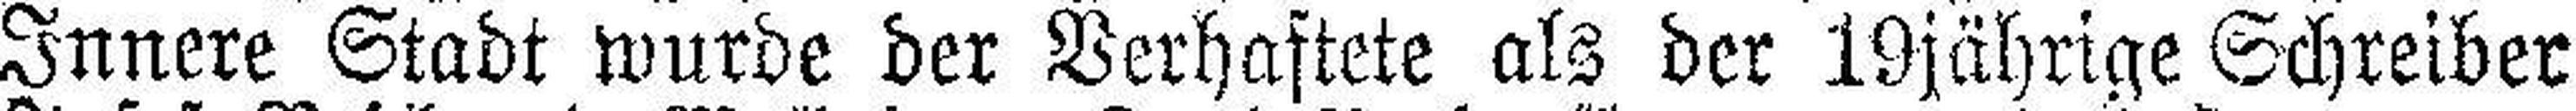
Innere Stadt wurde der Verhaftete als der 19jährige Schreiber